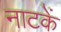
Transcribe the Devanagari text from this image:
नाटकें